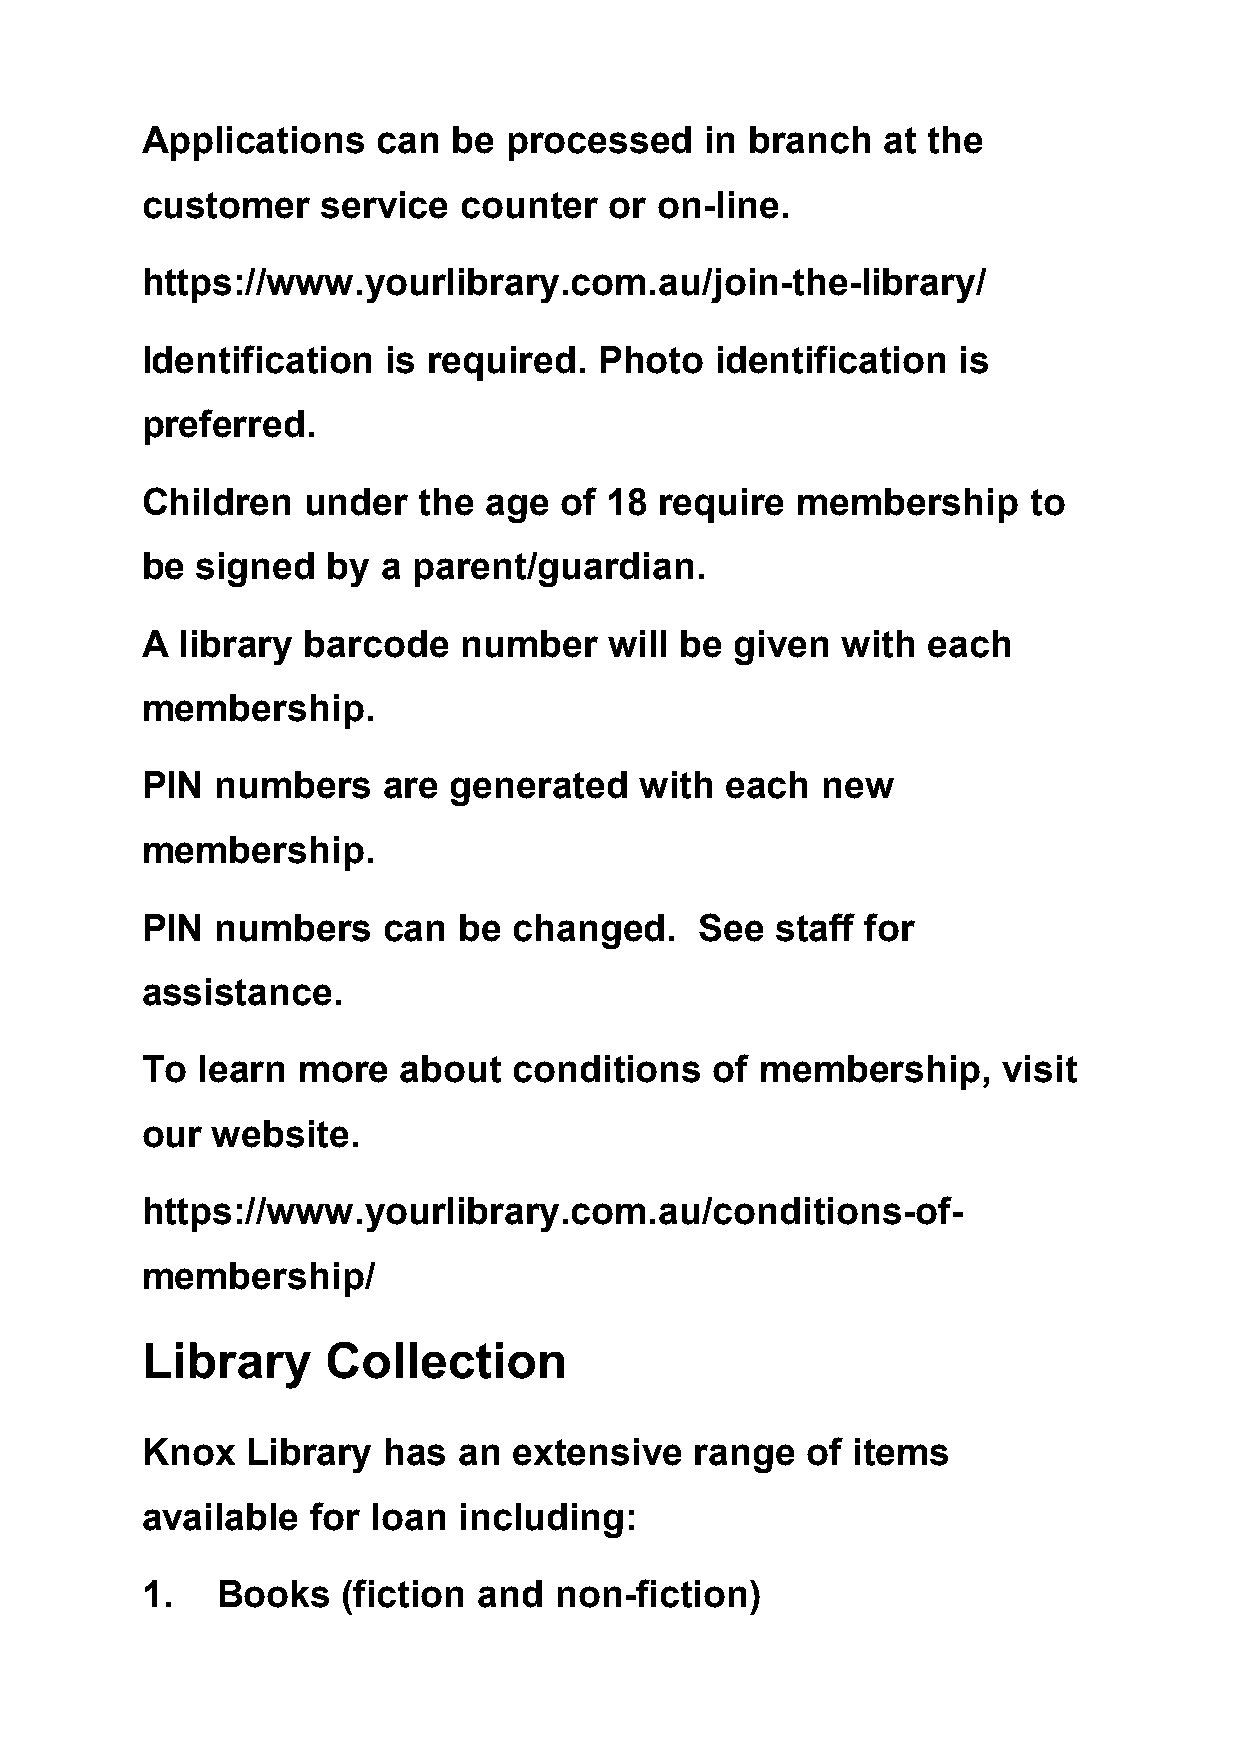
Applications    can  be  processed    in branch   at the
 customer    service  counter   or on-line.
 https://www.yourlibrary.com.au/join-the-library/
 Identification   is required.  Photo  identification  is
 preferred.
 Children   under   the age  of 18  require  membership     to
 be  signed   by a parent/guardian.
 A  library barcode    number   will be  given  with each
 membership.
 PIN  numbers    are  generated   with  each  new
 membership.
 PIN  numbers    can  be  changed.    See  staff for
 assistance.
 To  learn  more  about   conditions   of membership,     visit
 our  website.
 https://www.yourlibrary.com.au/conditions-of-
 membership/
 Library      Collection
 Knox   Library  has  an  extensive   range  of items
 available   for loan including:
 1.   Books    (fiction and  non-fiction)